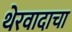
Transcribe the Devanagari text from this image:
थेरवादाचा